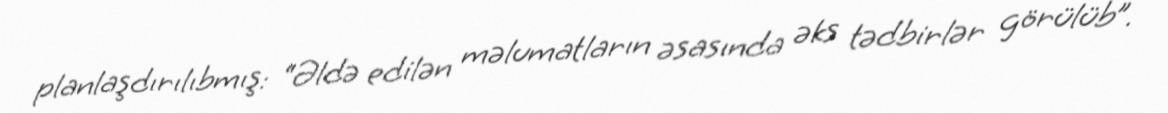
planlaşdırılıbmış: “Əldə edilən məlumatların əsasında əks tədbirlər görülüb”.